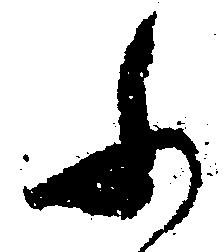
ふ